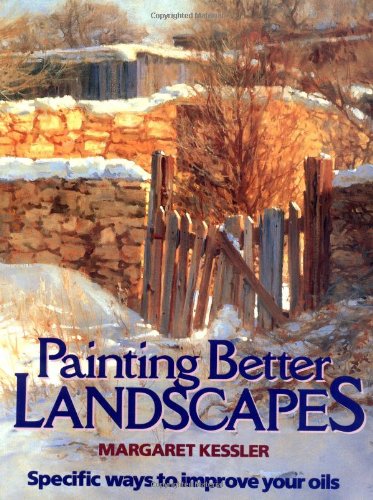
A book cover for Painting Better Landscapes: Specific Ways to Improve Your Oils; Margaret Kessler; Arts & Photography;